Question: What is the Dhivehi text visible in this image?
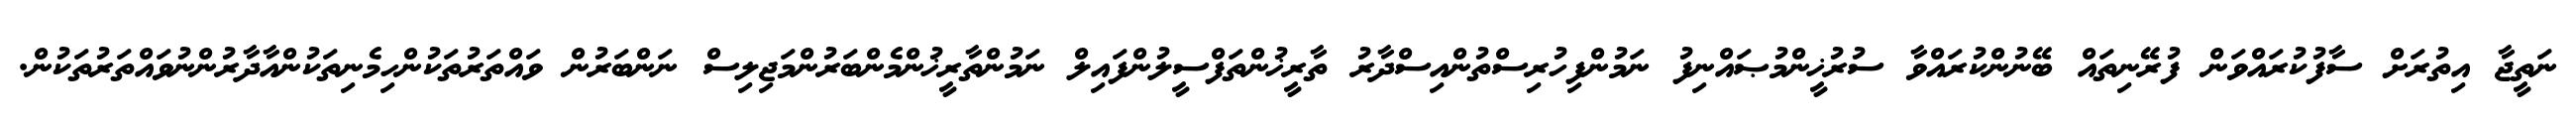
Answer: ނަތީޖާ އިތުރަށް ސާފުކުރައްވަން ފުރޭނިތައް ބޭނުންކުރައްވާ ސުރުޚީންމުޞައްނިފު ނަމުންފިހުރިސްތުންއިސްދާރު ތާރީޚުންތަފްސީލުންފައިލް ނަމުންތާރީޚުންމެންބަރުންމަޖިލިސް ނަންބަރުން ވައްތަރުތަކުންހިމެނިތަކުންއާދާރުންނުވައްތަރުތަކުން.